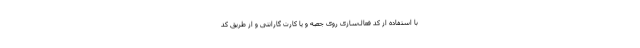
با استفاده از کد فعال‌سازی روی جعبه و یا کارت گارانتی و از طریق کد